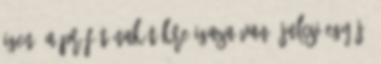
Igen, a prófétának tökre igaza van: Julcsi egy jó